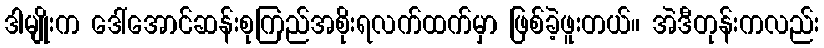
ဒါမျိုးက ဒေါ်အောင်ဆန်းစုကြည်အစိုးရလက်ထက်မှာ ဖြစ်ခဲ့ဖူးတယ်။ အဲဒီတုန်းကလည်း